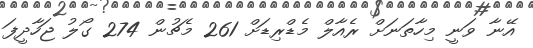
އޭނާ ވަނީ މިހާތަނަށް ރެއާލް މެޑްރިޑަށް 261 މެޗުން 274 ގޯލު ޖަހާދީފަ